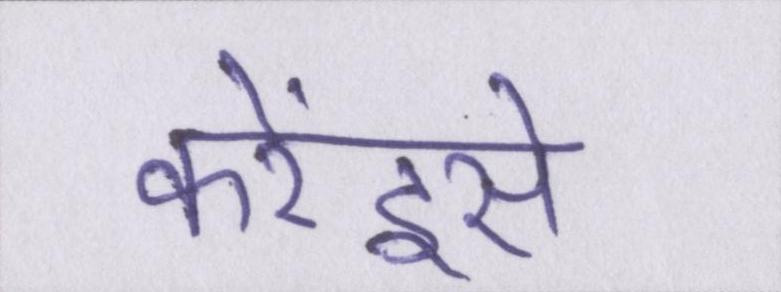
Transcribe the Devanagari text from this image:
करेंइसे